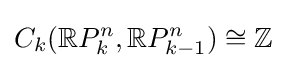
C_{k}(\mathbb {R} P_{k}^{n},\mathbb {R} P_{k-1}^{n})\cong \mathbb {Z}